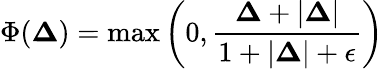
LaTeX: \Phi(\boldsymbol\Delta)=\operatorname*{max}\left(0,\frac{\boldsymbol\Delta+|\boldsymbol\Delta|}{1+|\boldsymbol\Delta|+\epsilon}\right)